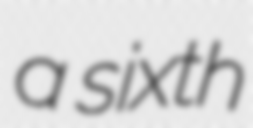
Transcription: a sixth